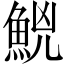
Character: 𩷇